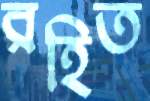
রহিত